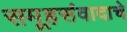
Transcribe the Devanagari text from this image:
समूहसंवादाचे